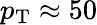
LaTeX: p_{\mathrm{T}}\approx 50